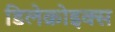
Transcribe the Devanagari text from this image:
डिलेक्रोइक्‍स